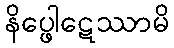
နိပ္ဖေါဋေဿာမိ